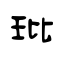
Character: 玭